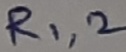
Text: R1,2